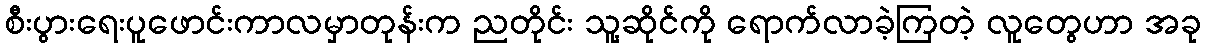
စီးပွားရေးပူဖောင်းကာလမှာတုန်းက ညတိုင်း သူ့ဆိုင်ကို ရောက်လာခဲ့ကြတဲ့ လူတွေဟာ အခု